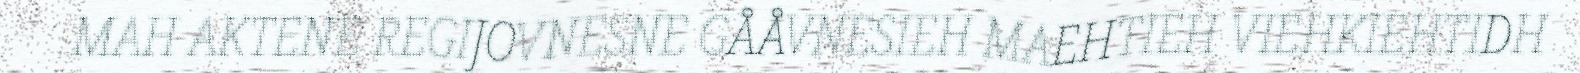
MAH AKTENE REGIJOVNESNE GÅÅVNESIEH MAEHTIEH VIEHKIEHTIDH